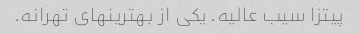
پیتزا سیب عالیه. یکی از بهترینهای تهرانه.